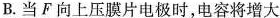
B.当F向上压膜片电极时，电容将增大